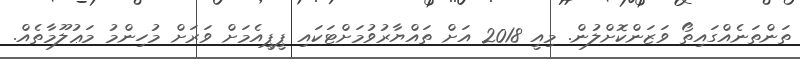
ތަންތަނެއްގައިތޯ ވަޒަންކޮށްލުން. މިއީ 2018 އަށް ތައްޔާރުވުމަށްޓަކައި ޕީޕީއެމަށް ވަރަށް މުހިންމު މަޢުލޫމާތެއް.